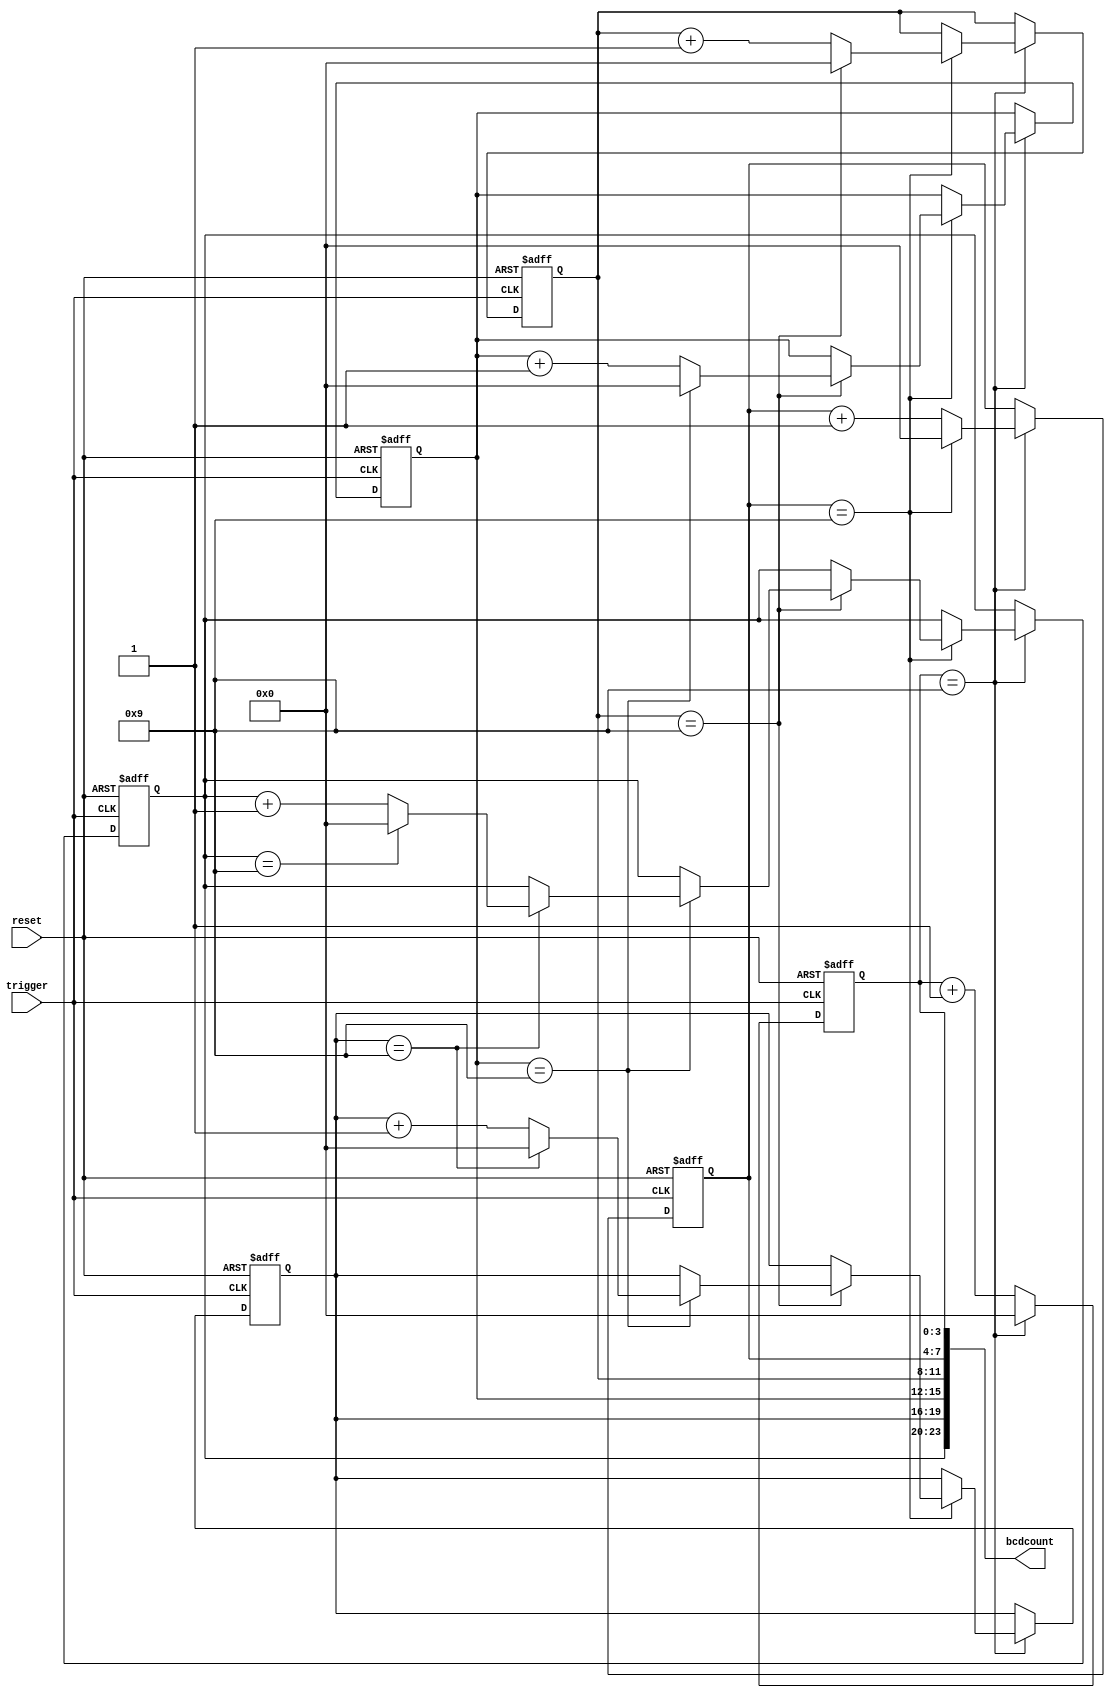

module bcdcounter(
    input trigger,
    input reset,
    output [23:0] bcdcount
);

    reg [3:0] first;
    reg [3:0] second;
    reg [3:0] third;
    reg [3:0] fourth;
    reg [3:0] fifth;
    reg [3:0] sixth;

    always @(posedge trigger or posedge reset) begin
        if (reset) begin
            first <= 0;
            second <= 0;
            third <= 0;
            fourth <= 0;
            fifth <= 0;
            sixth <= 0;
        end else if (first == 4'd9) begin // xxxxx9 reached
            first <= 0;
            if (second == 4'd9) begin // xxxx99 reached
                second <= 0;
                if (third == 4'd9) begin // xxx999 reached
                    third <= 0;
                    if (fourth == 4'd9) begin // xx9999 reached
                        fourth <= 0;
                        if (fifth == 4'd9) begin // x99999 reached
                            fifth <= 0;
                            if (sixth == 4'd9) begin // 999999 reached
                                sixth <= 0;
                            end else begin
                                sixth <= sixth + 1'b1;
                            end
                        end else begin
                            fifth <= fifth + 1'b1;
                        end
                    end else begin
                        fourth <= fourth + 1'b1;
                    end
                end else begin
                    third <= third + 1'b1;
                end
            end else begin
                second <= second + 1'b1;
            end
        end else begin
            first <= first + 1'b1;
        end
    end

    assign bcdcount = { sixth, fifth, fourth, third, second, first };
endmodule